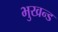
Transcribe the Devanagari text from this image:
भुखन्ड